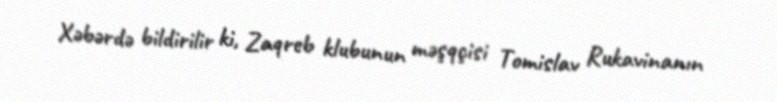
Xəbərdə bildirilir ki, Zaqreb klubunun məşqçisi Tomislav Rukavinanın